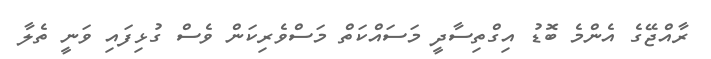
ރާއްޖޭގެ އެންމެ ބޮޑު އިގްތިސާދީ މަސައްކަތް މަސްވެރިކަން ވެސް ގުޅިފައި ވަނީ ތެލާ